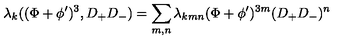
\lambda _ { k } ( ( \Phi + \phi ^ { \prime } ) ^ { 3 } , D _ { + } D _ { - } ) = \sum _ { m , n } \lambda _ { k m n } ( \Phi + \phi ^ { \prime } ) ^ { 3 m } ( D _ { + } D _ { - } ) ^ { n }